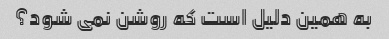
به همین دلیل است که روشن نمی شود؟